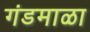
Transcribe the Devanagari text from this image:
गंडमाळा